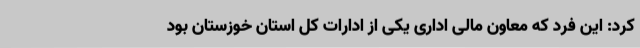
کرد: این فرد که معاون مالی اداری یکی از ادارات کل استان خوزستان بود